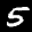
Label: 5